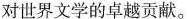
对世界文学的卓越贡献。